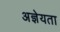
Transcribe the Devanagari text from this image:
अज्ञेयता